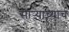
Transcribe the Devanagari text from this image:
साऱ्यांच्याच